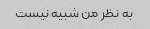
به نظر من شبیه نیست